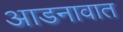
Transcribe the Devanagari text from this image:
आडनावात